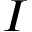
I